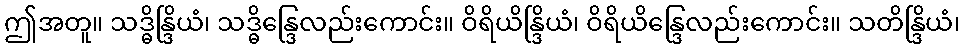
ဤအတူ။ သဒ္ဓိန္ဒြိယံ၊ သဒ္ဓိန္ဒြေလည်းကောင်း။ ဝိရိယိန္ဒြိယံ၊ ဝိရိယိန္ဒြေလည်းကောင်း။ သတိန္ဒြိယံ၊